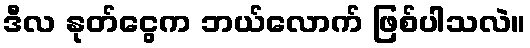
ဒီလ နုတ်ငွေက ဘယ်လောက် ဖြစ်ပါသလဲ။